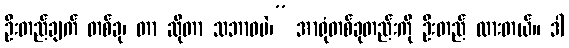
ဦးတည်ချက် တစ်ခု၊ တာ ဆိုတာ သဘာဝပဲ၊” အာရုံတစ်ခုတည်းကို ဦးတည် ထားတယ်။ ဒါ